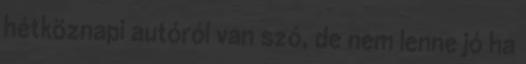
hétköznapi autóról van szó, de nem lenne jó ha